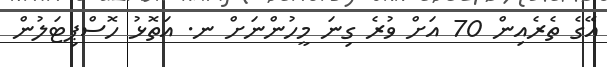
އޭގެ ތެރެއިން 70 އަށް ވުރެ ގިނަ މީހުންނަށް ނ. އަތޮޅު ހޮސްޕިޓަލުން